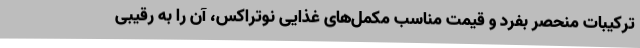
ترکیبات منحصر بفرد و قیمت مناسب مکمل‌های غذایی نوتراکس، آن را به رقیبی